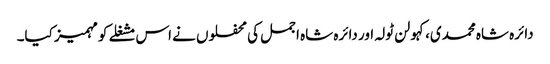
دائرہ شاہ محمدی،کہولن ٹولہ اور دائرہ شاہ اجمل کی محفلوں نے اس مشغلے کومہمیز کیا۔